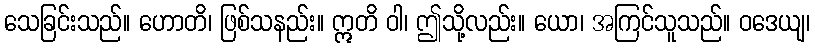
သေခြင်းသည်။ ဟောတိ၊ ဖြစ်သနည်း။ ဣတိ ဝါ၊ ဤသို့လည်း။ ယော၊ အကြင်သူသည်။ ဝဒေယျ၊